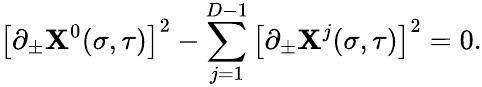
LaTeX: \left[\partial_{\pm}\mathbf{X}^{0}(\sigma,\tau)\right]^{2}-\sum_{j=1}^{D-1}\left[\partial_{\pm}\mathbf{X}^{j}(\sigma,\tau)\right]^{2}=0.